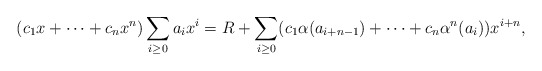
\begin{align*}(c_1x + \dots + c_nx^n)\sum_{i \geq 0}a_ix^i = R + \sum_{i \geq 0} (c_1 \alpha(a_{i+n-1}) + \dots + c_n \alpha^n(a_i))x^{i+n},\end{align*}